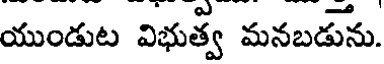
యుండుట విభుత్వ మనబడును.